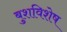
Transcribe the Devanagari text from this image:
बुशविशेष